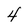
Character: 4